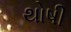
થોષી